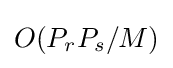
O(P_{r}P_{s}/M)